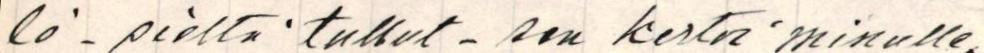
lö - sieltä tullut - sen kertoi minulle.